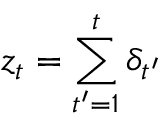
z _ { t } = \sum _ { t ^ { \prime } = 1 } ^ { t } \delta _ { t ^ { \prime } }